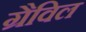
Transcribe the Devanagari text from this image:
ग्रैविल